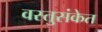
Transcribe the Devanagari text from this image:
वस्तुसंकेत